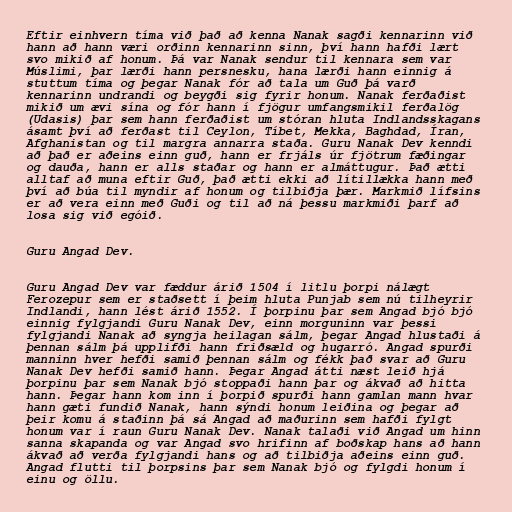
Eftir einhvern tíma við það að kenna Nanak sagði kennarinn við
hann að hann væri orðinn kennarinn sinn, því hann hafði lært
svo mikið af honum. Þá var Nanak sendur til kennara sem var
Múslimi, þar lærði hann persnesku, hana lærði hann einnig á
stuttum tíma og þegar Nanak fór að tala um Guð þá varð
kennarinn undrandi og beygði sig fyrir honum. Nanak ferðaðist
mikið um ævi sína og fór hann í fjögur umfangsmikil ferðalög
(Udasis) þar sem hann ferðaðist um stóran hluta Indlandsskagans
ásamt því að ferðast til Ceylon, Tíbet, Mekka, Baghdad, Íran,
Afghanistan og til margra annarra staða. Guru Nanak Dev kenndi
að það er aðeins einn guð, hann er frjáls úr fjötrum fæðingar
og dauða, hann er alls staðar og hann er almáttugur. Það ætti
alltaf að muna eftir Guð, það ætti ekki að lítillækka hann með
því að búa til myndir af honum og tilbiðja þær. Markmið lífsins
er að vera einn með Guði og til að ná þessu markmiði þarf að
losa sig við egóið.

Guru Angad Dev.

Guru Angad Dev var fæddur árið 1504 í litlu þorpi nálægt
Ferozepur sem er staðsett í þeim hluta Punjab sem nú tilheyrir
Indlandi, hann lést árið 1552. Í þorpinu þar sem Angad bjó bjó
einnig fylgjandi Guru Nanak Dev, einn morguninn var þessi
fylgjandi Nanak að syngja heilagan sálm, þegar Angad hlustaði á
þennan sálm þá upplifði hann friðsæld og hugarró. Angad spurði
manninn hver hefði samið þennan sálm og fékk það svar að Guru
Nanak Dev hefði samið hann. Þegar Angad átti næst leið hjá
þorpinu þar sem Nanak bjó stoppaði hann þar og ákvað að hitta
hann. Þegar hann kom inn í þorpið spurði hann gamlan mann hvar
hann gæti fundið Nanak, hann sýndi honum leiðina og þegar að
þeir komu á staðinn þá sá Angad að maðurinn sem hafði fylgt
honum var í raun Guru Nanak Dev. Nanak talaði við Angad um hinn
sanna skapanda og var Angad svo hrifinn af boðskap hans að hann
ákvað að verða fylgjandi hans og að tilbiðja aðeins einn guð.
Angad flutti til þorpsins þar sem Nanak bjó og fylgdi honum í
einu og öllu.